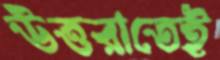
উত্তরাতেই